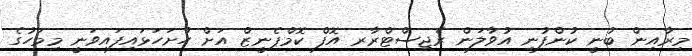
މިރާއިން ބުނީ ކުންފުނި އުވާލަން ރެޖިސްޓްރާރ އޮފް ކޮމްޕެނީޒް އަށް ހުށަހަޅައިފައިވަނީ މިމަހުގެ